DOW-UAP-D49, Launch Summary, Vandenberg AFB, 2000
Agency: Department of War
Incident date: 2/3/00
Page 1
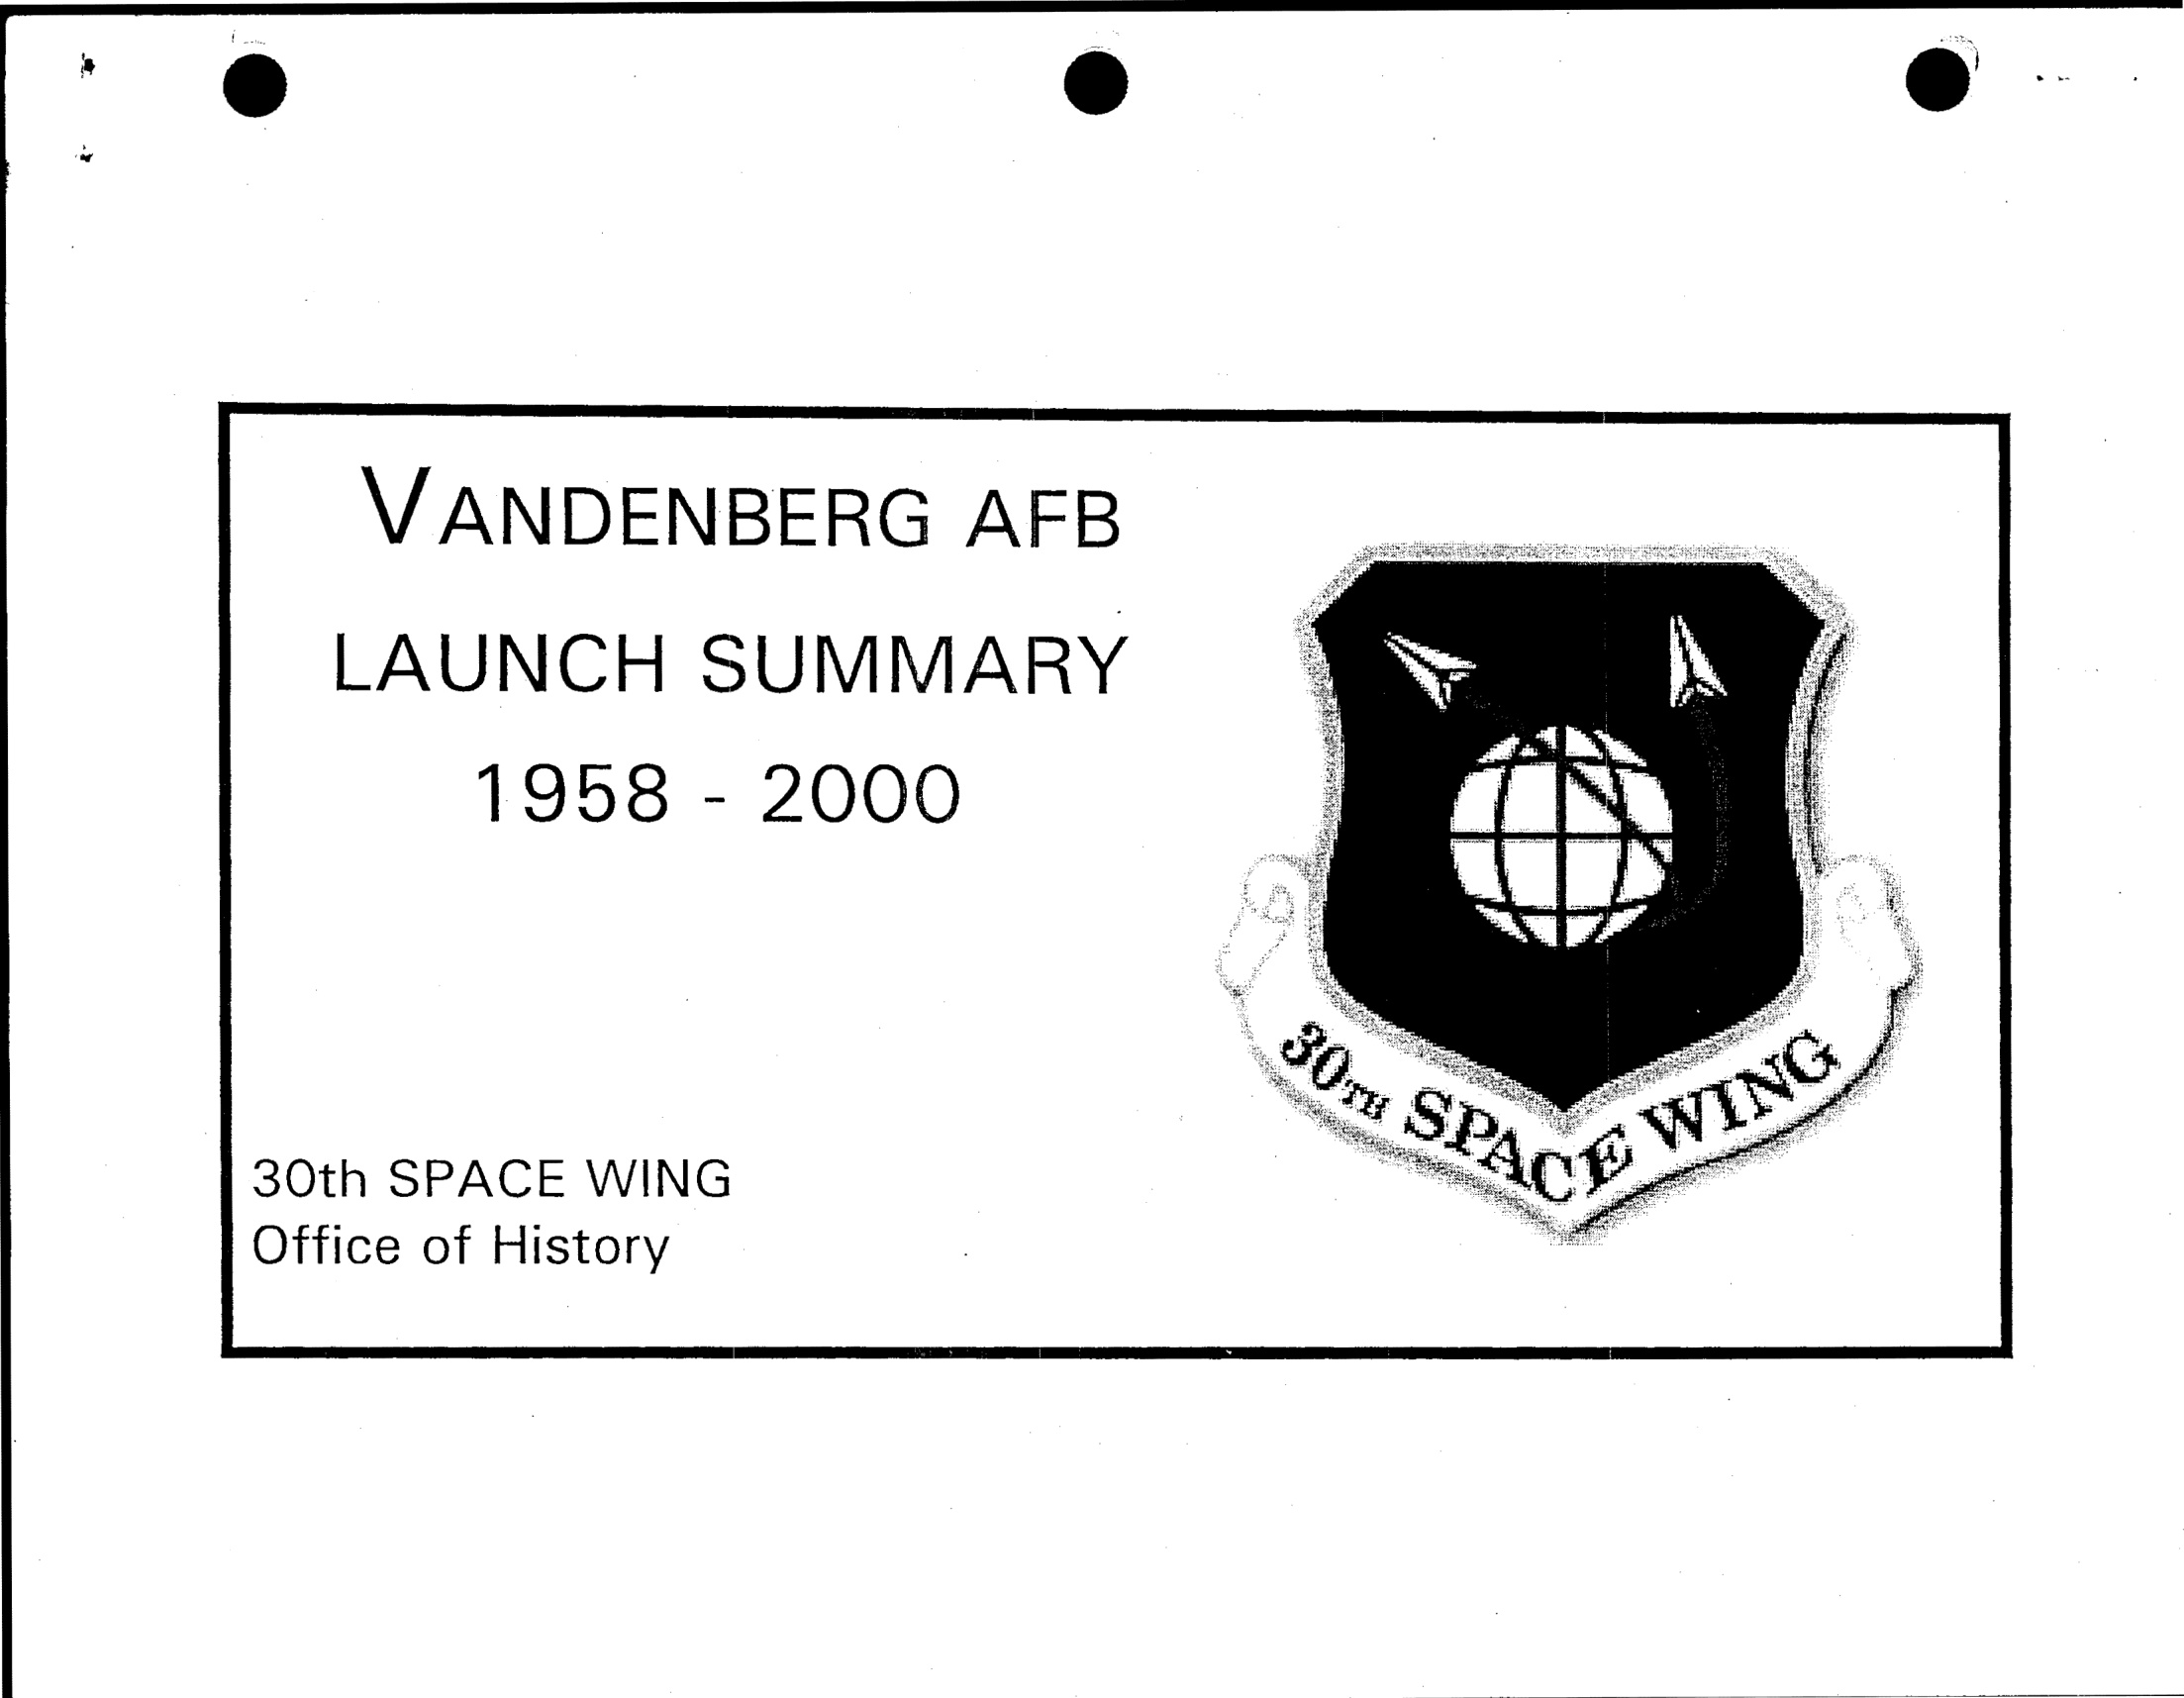